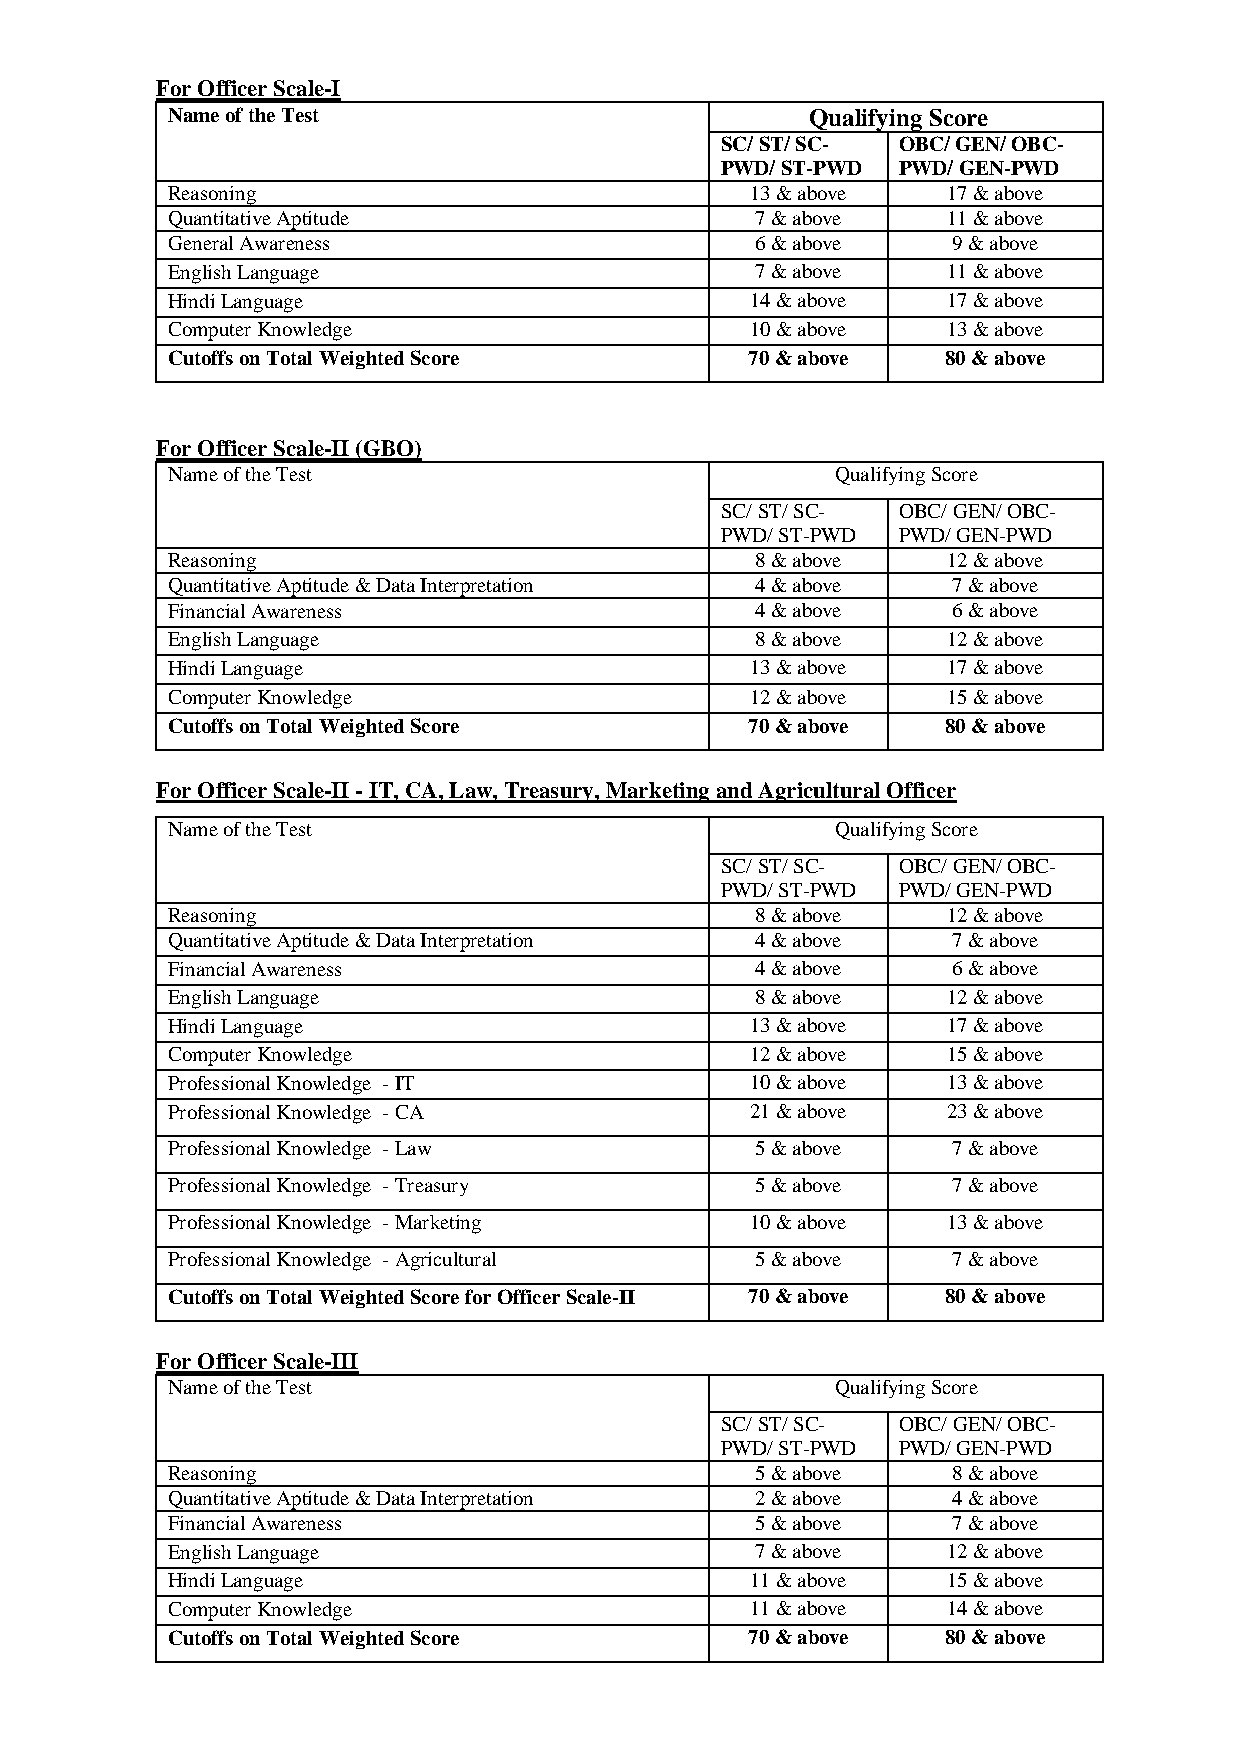
For Officer Scale-I
 Name of the Test                           Qualifying Score
 SC/ ST/ SC- OBC/ GEN/ OBC-
 PWD/ ST-PWD PWD/ GEN-PWD
 Reasoning                              13 & above   17 & above
 Quantitative Aptitude                  7 & above    11 & above
 General Awareness                      6 & above    9 & above
 English Language                       7 & above    11 & above
 Hindi Language                         14 & above   17 & above
 Computer Knowledge                     10 & above   13 & above
 Cutoffs on Total Weighted Score        70 & above   80 & above
 For Officer Scale-II (GBO)
 Name of the Test                            Qualifying Score
 SC/ ST/ SC- OBC/ GEN/ OBC-
 PWD/ ST-PWD PWD/ GEN-PWD
 Reasoning                              8 & above    12 & above
 Quantitative Aptitude & Data Interpretation 4 & above 7 & above
 Financial Awareness                    4 & above    6 & above
 English Language                       8 & above    12 & above
 Hindi Language                         13 & above   17 & above
 Computer Knowledge                     12 & above   15 & above
 Cutoffs on Total Weighted Score        70 & above   80 & above
 For Officer Scale-II - IT, CA, Law, Treasury, Marketing and Agricultural Officer
 Name of the Test                            Qualifying Score
 SC/ ST/ SC- OBC/ GEN/ OBC-
 PWD/ ST-PWD PWD/ GEN-PWD
 Reasoning                              8 & above    12 & above
 Quantitative Aptitude & Data Interpretation 4 & above 7 & above
 Financial Awareness                    4 & above    6 & above
 English Language                       8 & above    12 & above
 Hindi Language                         13 & above   17 & above
 Computer Knowledge                     12 & above   15 & above
 Professional Knowledge - IT            10 & above   13 & above
 Professional Knowledge - CA            21 & above   23 & above
 Professional Knowledge - Law           5 & above    7 & above
 Professional Knowledge - Treasury      5 & above    7 & above
 Professional Knowledge - Marketing     10 & above   13 & above
 Professional Knowledge - Agricultural  5 & above    7 & above
 Cutoffs on Total Weighted Score for Officer Scale-II 70 & above 80 & above
 For Officer Scale-III
 Name of the Test                            Qualifying Score
 SC/ ST/ SC- OBC/ GEN/ OBC-
 PWD/ ST-PWD PWD/ GEN-PWD
 Reasoning                              5 & above    8 & above
 Quantitative Aptitude & Data Interpretation 2 & above 4 & above
 Financial Awareness                    5 & above    7 & above
 English Language                       7 & above    12 & above
 Hindi Language                         11 & above   15 & above
 Computer Knowledge                     11 & above   14 & above
 Cutoffs on Total Weighted Score        70 & above   80 & above